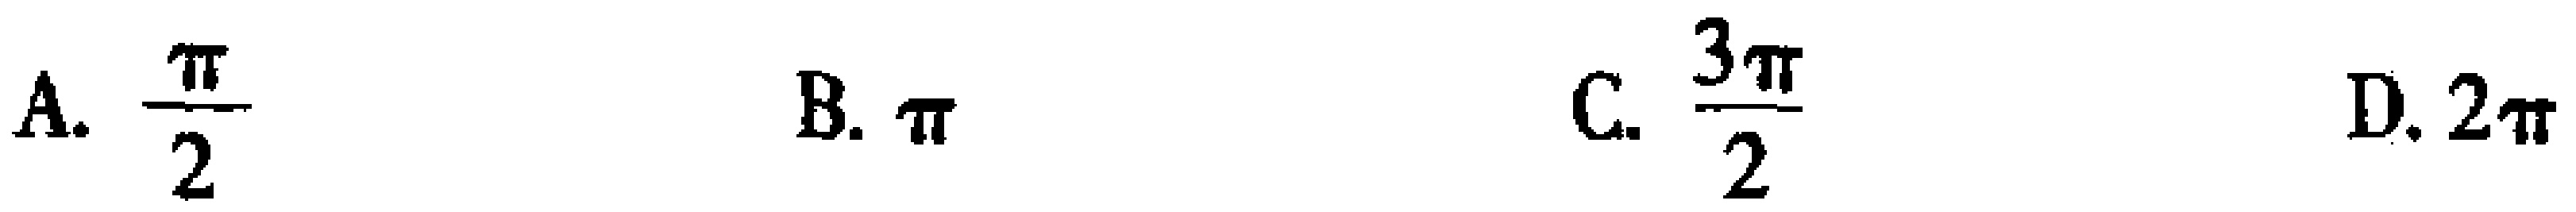
A. \(\frac{\pi}{2}\)  B. \(\pi\)  C. \(\frac{3\pi}{2}\)  D. \(2\pi\)